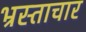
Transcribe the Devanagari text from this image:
भ्रस्ताचार